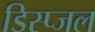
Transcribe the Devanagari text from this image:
डिस्प्जल